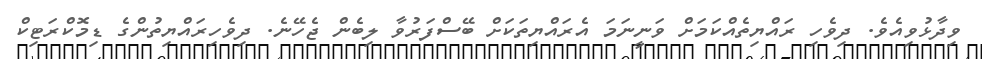
ވިދާޅުވިއެވެ. ދިވެހި ރައްޔިތެއްކަމަށް ވަނީނަމަ އެރައްޔިތަކަށް ބޭސްފަރުވާ ލިބެން ޖެހޭނެ. ދިވެހިރައްޔިތުންގެ ޑިމޮކްރަޓިކް